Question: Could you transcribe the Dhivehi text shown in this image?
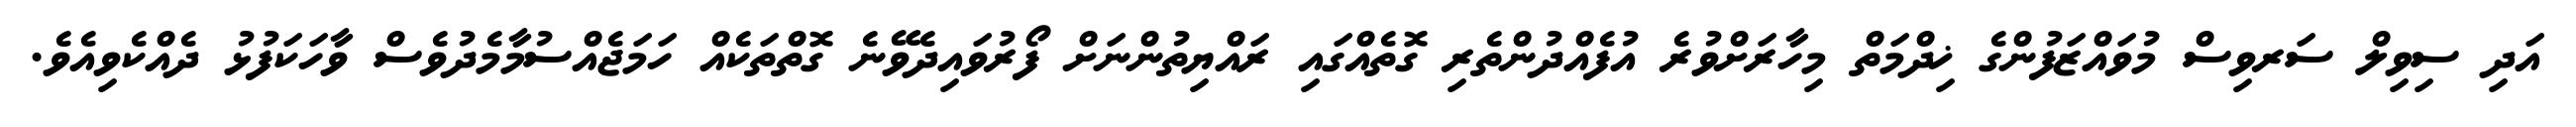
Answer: އަދި ސިވިލް ސަރވިސް މުވައްޒަފުންގެ ޚިދްމަތް މިހާރަށްވުރެ އުފެއްދުންތެރި ގޮތެއްގައި ރައްޔިތުންނަށް ފޯރުވައިދެވޭނެ ގޮތްތަކެއް ހަމަޖެއްސުމާމެދުވެސް ވާހަކަފުޅު ދެއްކެވިއެވެ.